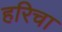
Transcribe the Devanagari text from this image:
हरिचा